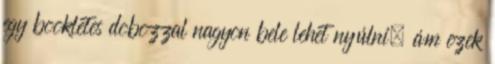
egy bookletes dobozzal nagyon bele lehet nyúlni, ám ezek